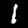
Digit: 1